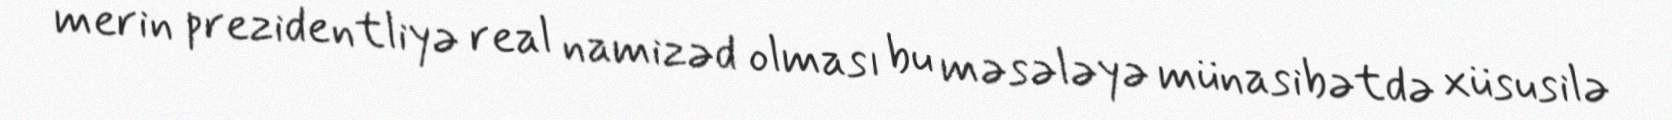
merin prezidentliyə real namizəd olması bu məsələyə münasibətdə xüsusilə